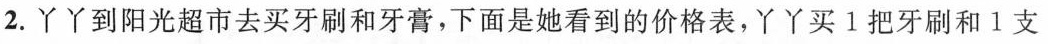
2.丫丫到阳光超市去买牙刷和牙膏，下面是她看到的价格表，丫丫买1把牙刷和1支